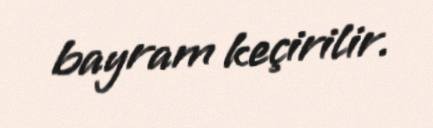
bayram keçirilir.